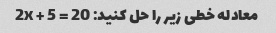
معادله خطی زیر را حل کنید: 2x + 5 = 20